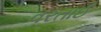
વરતાઈ